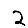
Digit: 2